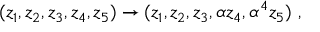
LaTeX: ( z _ { 1 } , z _ { 2 } , z _ { 3 } , z _ { 4 } , z _ { 5 } ) \rightarrow ( z _ { 1 } , z _ { 2 } , z _ { 3 } , \alpha z _ { 4 } , \alpha ^ { 4 } z _ { 5 } ) ~ ,